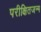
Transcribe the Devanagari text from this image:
परीक्षितजन्म